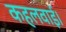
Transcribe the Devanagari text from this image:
कहलवाई।